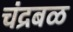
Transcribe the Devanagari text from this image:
चंद्रबळ